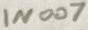
Text: IN007